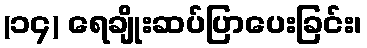
(၁၄) ရေချိုးဆပ်ပြာပေးခြင်း၊